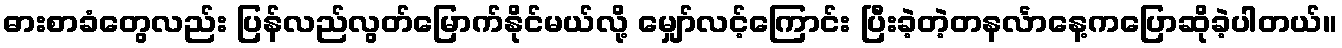
ဓားစာခံတွေလည်း ပြန်လည်လွတ်မြောက်နိုင်မယ်လို့ မျှော်လင့်ကြောင်း ပြီးခဲ့တဲ့တနင်္လာနေ့ကပြောဆိုခဲ့ပါတယ်။